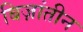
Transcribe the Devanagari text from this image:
बिज़ांतीन